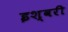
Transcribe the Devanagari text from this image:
इश्वरी